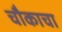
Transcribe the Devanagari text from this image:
चौकाचा